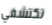
تكتشفي